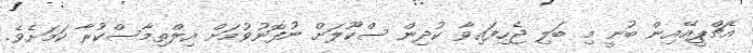
އެޗްޕީއޭއިން ބުނީ މި ބަލި ޖެހިފައިވާ ކުދިން ސްކޫލަށް ނުފޮނުވުމަށް އިލްތިމާސްކުރާ ކަމަށެވެ.